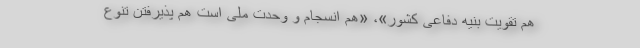
هم تقویت بنیه دفاعی کشور»، «هم انسجام و وحدت ملی است هم پذیرفتن تنوع